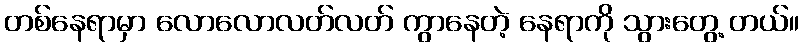
တစ်နေရာမှာ လောလောလတ်လတ် ကွာနေတဲ့ နေရာကို သွားတွေ့ တယ်။